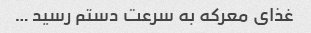
غذای معرکه به سرعت دستم رسید …